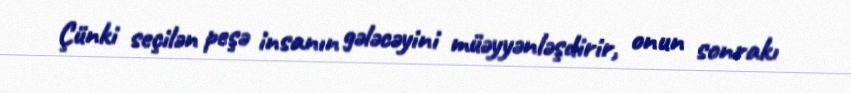
Çünki seçilən peşə insanın gələcəyini müəyyənləşdirir, onun sonrakı